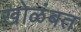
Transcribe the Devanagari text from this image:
खोळंबत